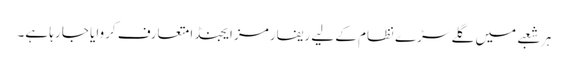
ہر شعبے میں گلے سڑے نظام کے لیے ریفارمز ایجنڈا متعارف کروایا جا رہا ہے۔